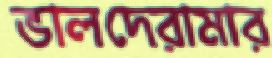
ভালদেরামার